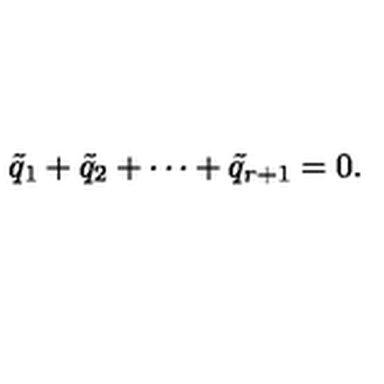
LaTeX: \tilde { q } _ { 1 } + \tilde { q } _ { 2 } + \cdots + \tilde { q } _ { r + 1 } = 0 .